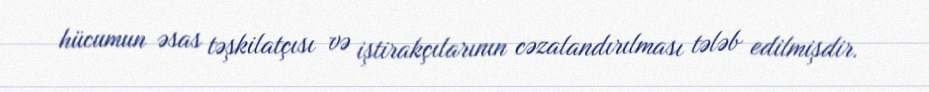
hücumun əsas təşkilatçısı və iştirakçılarının cəzalandırılması tələb edilmişdir.